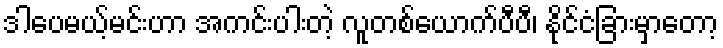
ဒါပေမယ့်မင်းဟာ အကင်းပါးတဲ့ လူတစ်ယောက်ပီပီ၊ နိုင်ငံခြားမှာတော့